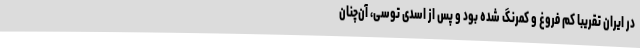
در ایران تقریبا کم فروغ و کمرنگ شده بود و پس از اسدی توسی، آن‌چنان